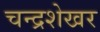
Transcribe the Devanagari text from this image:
चन्‍द्रशेखर